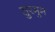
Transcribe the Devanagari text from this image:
सुरमुम